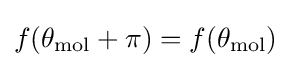
f(\theta _{\mathrm {mol} }+\pi )=f(\theta _{\mathrm {mol} })